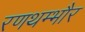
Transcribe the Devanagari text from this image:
रणथम्‍भौर